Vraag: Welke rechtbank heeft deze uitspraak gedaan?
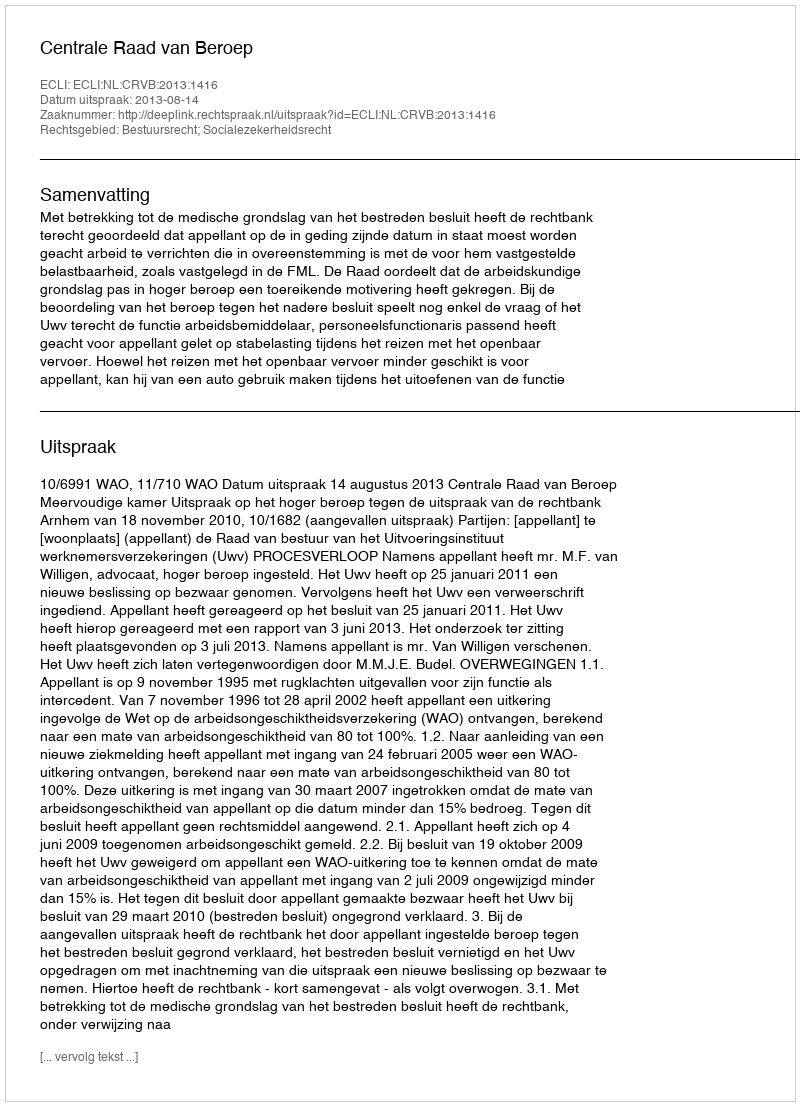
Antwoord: Centrale Raad van Beroep